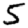
Digit: 5